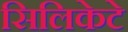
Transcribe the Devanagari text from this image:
सिलिकेटे